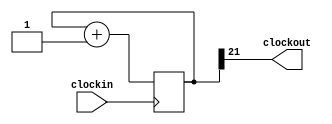
module temporizador(clockin, clockout); 

   input clockin;
	output clockout;
	reg[31:0] cont;
	
	always@(posedge clockin)
		begin
			
			cont <= cont + 31'd1;
		end
		assign clockout = cont[21];
endmodule